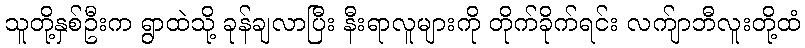
သူတို့နှစ်ဦးက ရွာထဲသို့ ခုန်ချလာပြီး နီးရာလူများကို တိုက်ခိုက်ရင်း လက်ျာဘီလူးတို့ထံ